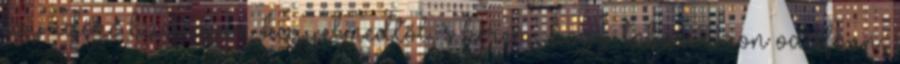
egy időre búcsúzom kegyelmedtől, s kérem, hogy toborozzon odafönn,